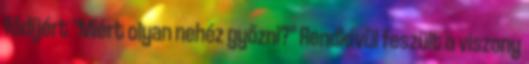
fődíjért "Miért olyan nehéz győzni?" Rendkívül feszült a viszony